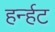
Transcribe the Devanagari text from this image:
हर्न्हट